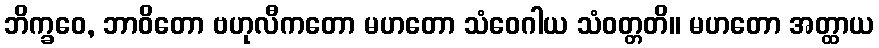
ဘိက္ခဝေ, ဘာဝိတော ဗဟုလီကတော မဟတော သံဝေဂါယ သံဝတ္တတိ။ မဟတော အတ္ထာယ